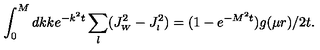
\int _ { 0 } ^ { M } d k k e ^ { - k ^ { 2 } t } \sum _ { l } ( J _ { \scriptscriptstyle { W } } ^ { 2 } - J _ { \scriptscriptstyle { l } } ^ { 2 } ) = ( 1 - e ^ { - M ^ { 2 } t } ) g ( \mu r ) / 2 t .